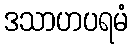
ဒသာဟပရမံ